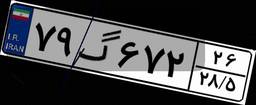
۷۹گ۶۷۲۲۶